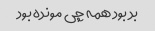
بد بود همه چی مونده بود